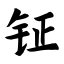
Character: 钲